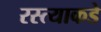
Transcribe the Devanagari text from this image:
रस्त्याकडे